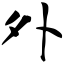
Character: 外